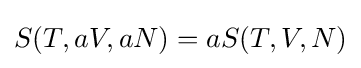
S(T,aV,aN)=aS(T,V,N)